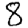
Digit: 8